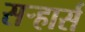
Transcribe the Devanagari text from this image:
सऱ्हार्स